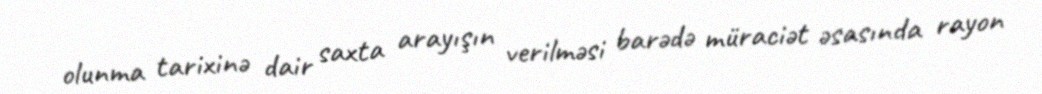
olunma tarixinə dair saxta arayışın verilməsi barədə müraciət əsasında rayon